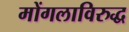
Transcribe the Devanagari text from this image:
मोंगलाविरुद्ध